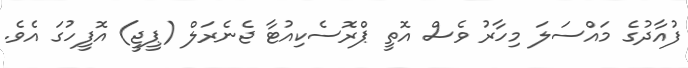
ފުއާދުގެ މައްސަލަ މިހާރު ވެސް އޮތީ ޕްރޮސެކިއުޓާ ޖެނެރަލް (ޕީޖީ) އޮފީހުގަ އެވެ.